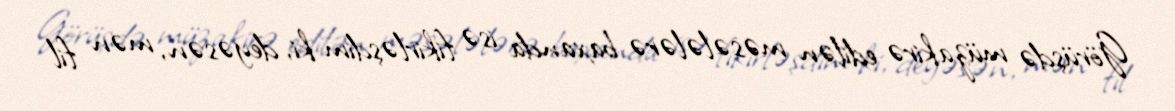
Görüşdə müzakirə edilən məsələlərə baxanda isə fikirləşdim ki, deyəsən, mən fil